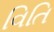
વિતિ